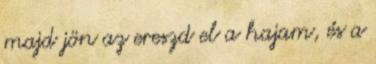
majd jön az ereszd el a hajam, és a